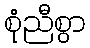
စုံညီစွာ